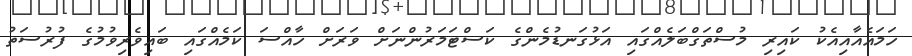
ހަމައެއާއިއެކު ކައިރި މުސްތަގްބަލެއްގައި އަޅުގަނޑުމެންގެ ކަސްޓަމަރުންނަށް ވަރަށް ހާއްސަ ކަމެއްގައި ބައިވެރިވުމުގެ ފުރުސަތު